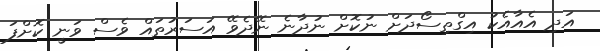
އަދި އެއާއެކު އިގްތިސޯދަށް ނުކޮށް ނުދާނެ ނޭދެވޭ އަސަރުތައް ވެސް ވަނީ ކޮށްފަ